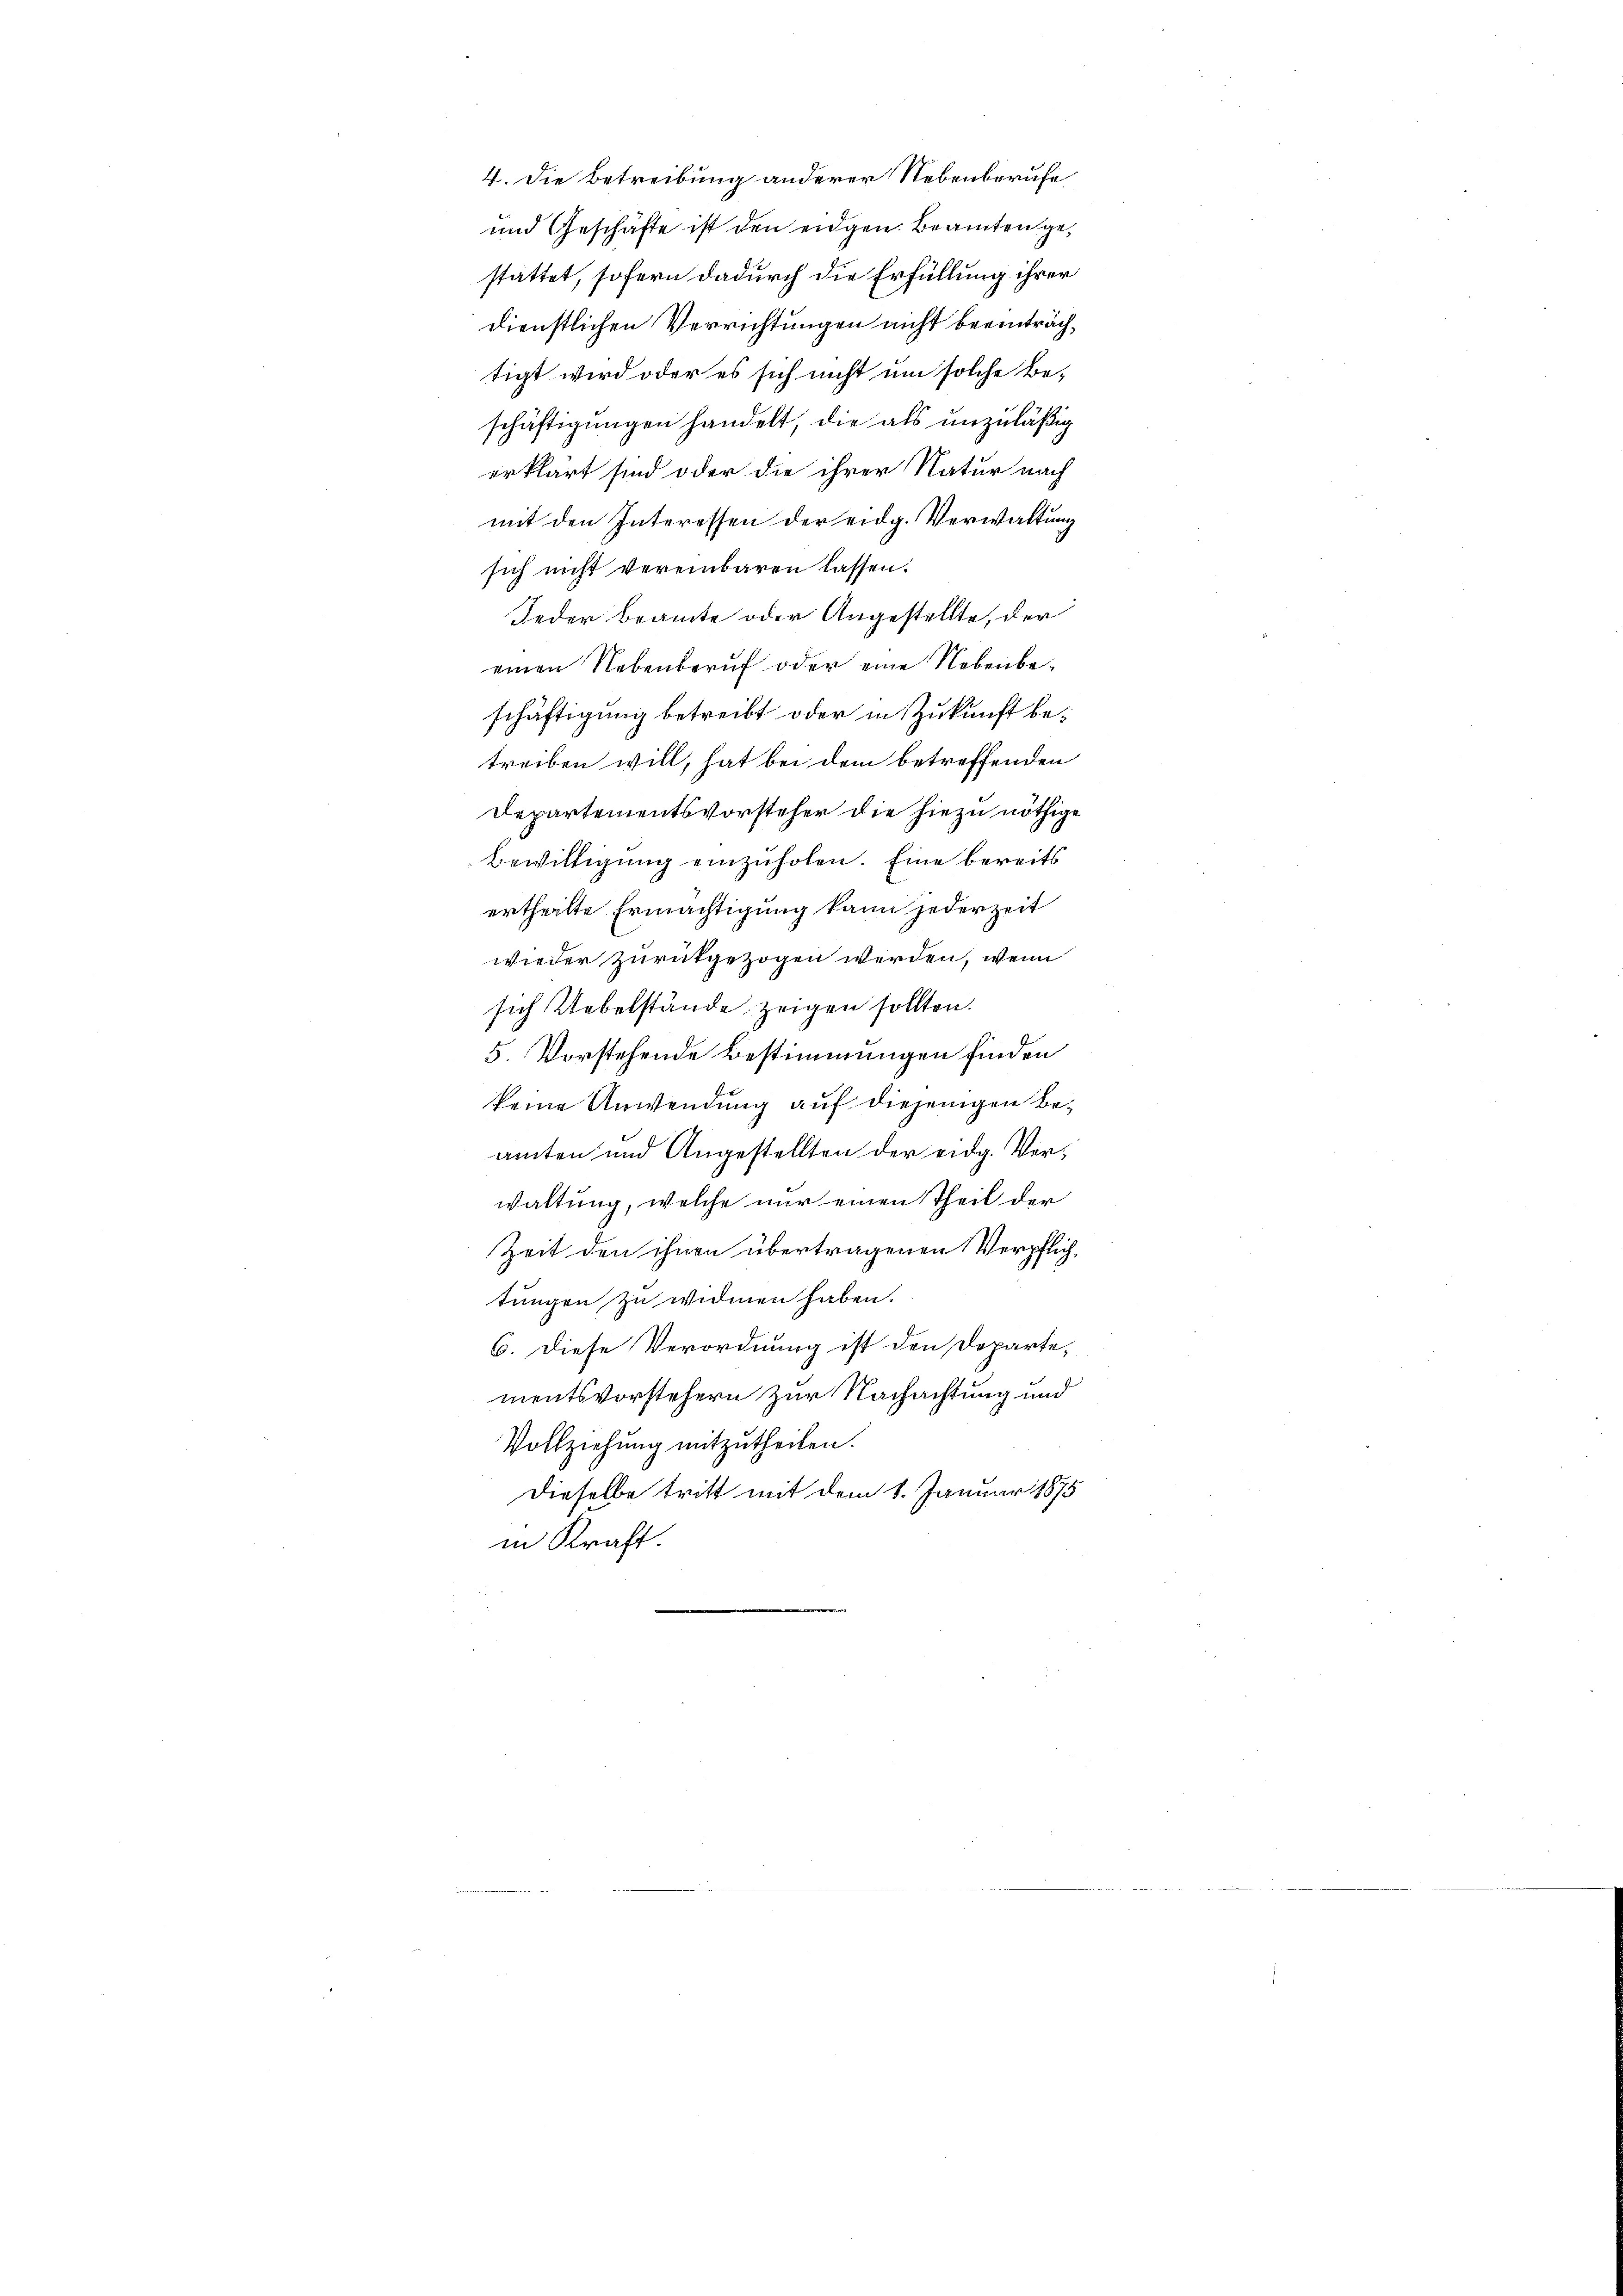
4. Die Betreibung anderer Nebenberufe
und Geschäfte ist den eidgen. Beamten gestattet, sofern dadurch die Erfüllung ihrer
dienstlichen Verrichtungen nicht beeinträchtigt wird oder es sich nicht um solche Be-
schäftigungen handelt die als unzuläßig
erklärt sind oder die ihrer Natur nach
mit den Interessen der eidg. Verwaltung
sich nicht vereinbaren lassen.
Jeder Beamte oder Angestellte, der
einen Nebenberuf oder eine Nebenbeschäftigung betreibt oder in Zukunft betreiben will, hat bei dem betreffenden
Departementsvorsteher die hiezu nöthige
Bewilligung einzuholen. Eine bereits
ertheilte Ermächtigung kann jederzeit
wieder zurükgezogen werden, wenn
sich Uebelstände zeigen sollten.
5. Vorstehende Bestimmungen finden
keine Anwendung auf diejenigen Beamten und Angestellten der eidg. Verwaltung, welche nur einen Theil der
Zeit den ihnen übertragenen Verpflich
tungen zu widmen haben.
6. Diese Verordnung ist den Doparte,
mentsvorstehern zur Nachachtung und
Vollziehung mitzutheilen.
Dieselbe tritt mit dem 8. Januar 1875
in Kraft.